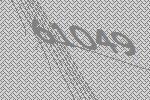
61049